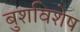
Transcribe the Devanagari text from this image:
बुशविशेष